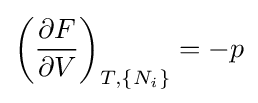
\left({\frac {\partial F}{\partial V}}\right)_{T,\{N_{i}\}}=-p